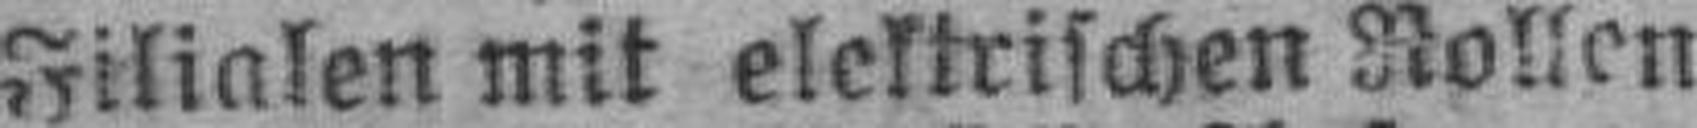
Filialen mit elektrischen Rollen